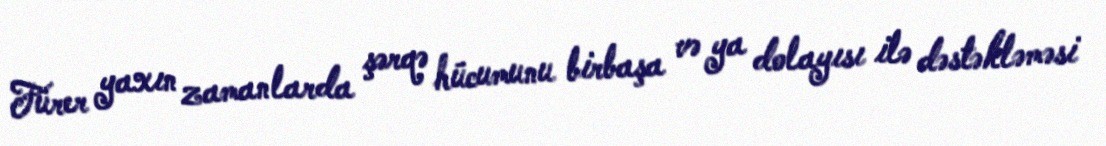
Fürer yaxın zamanlarda şərqə hücumunu birbaşa və ya dolayısı ilə dəstəkləməsi